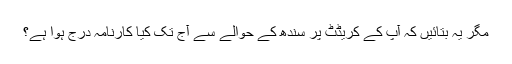
مگر یہ بتائیں کہ آپ کے کریڈٹ پر سندھ کے حوالے سے آج تک کیا کارنامہ درج ہوا ہے؟